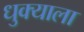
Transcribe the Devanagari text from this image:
धुक्‍याला